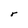
Character: r